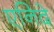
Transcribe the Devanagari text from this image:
एनिदे